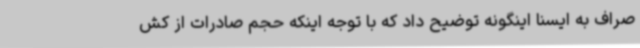
صراف به ایسنا اینگونه توضیح داد که با توجه اینکه حجم صادرات از کش